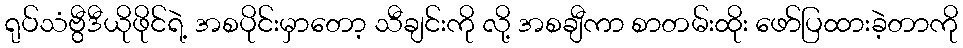
ရုပ်သံဗွီဒီယိုဖိုင်ရဲ့ အစပိုင်းမှာတော့ သီချင်းကို လို့ အစချီကာ စာတမ်းထိုး ဖော်ပြထားခဲ့တာကို